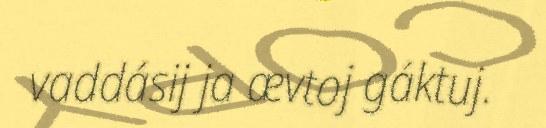
vaddásij ja ævtoj gáktuj.